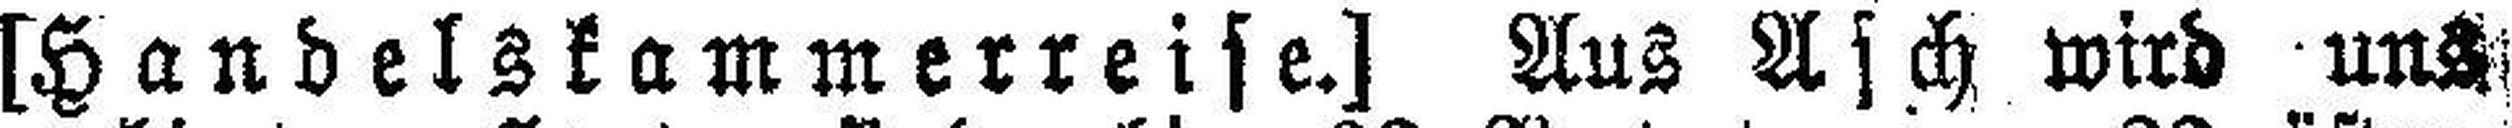
[Handelskammerreise.] Aus Asch wird uns